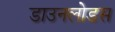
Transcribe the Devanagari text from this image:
डाउनलोडस